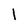
Character: l